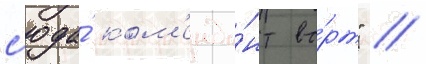
с'юда́ ком'енда́нт во́рт" //